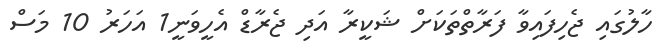
ހާލުގައި ޖެހިފައިވާ ފަރާތްތަކަށް ޝަކީރާ އަދި ޖެރާޑް އެހީވަނީ1 އަހަރު 10 މަސް